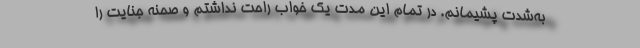
به‌شدت پشیمانم. در تمام این مدت یک خواب راحت نداشتم و صحنه جنایت را